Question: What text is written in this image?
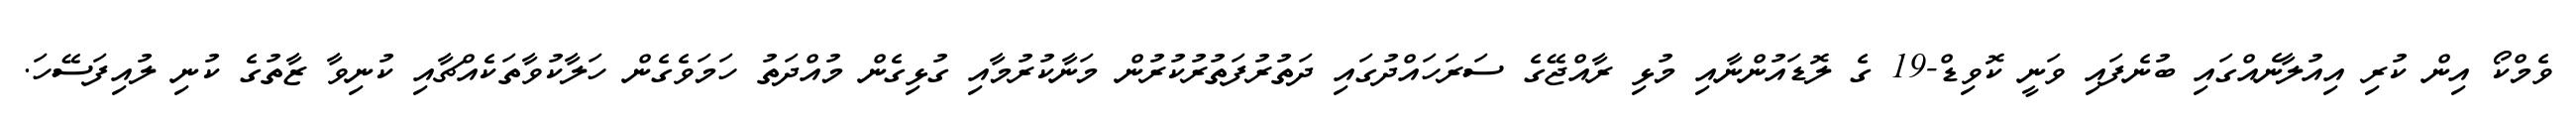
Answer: ވެމްކޯ އިން ކުރި އިއުލާނެއްގައި ބުނެފައި ވަނީ ކޮވިޑް-19 ގެ ލޮޑައުންނާއި މުޅި ރާއްޖޭގެ ސަރަހައްދުގައި ދަތުރުފަތުރުކުރުން މަނާކުރުމާއި ގުޅިގެން މުއްދަތު ހަމަވެގެން ހަލާކުވާތަކެއްޗާއި ކުނިވާ ޒާތުގެ ކުނި ލުއިފަސޭހަ.